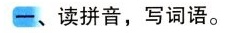
一、读拼音，写词语。